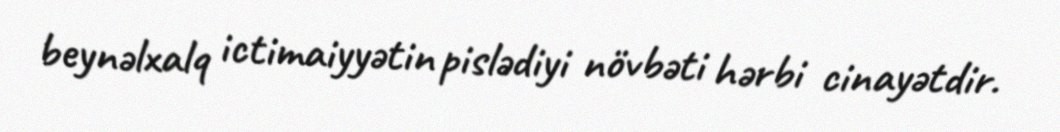
beynəlxalq ictimaiyyətin pislədiyi növbəti hərbi cinayətdir.